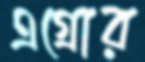
এগ্রোর